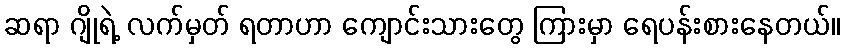
ဆရာ ဂျိုရဲ့ လက်မှတ် ရတာဟာ ကျောင်းသားတွေ ကြားမှာ ရေပန်းစားနေတယ်။